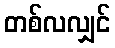
တစ်လလျှင်